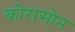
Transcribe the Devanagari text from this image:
कोरासोन